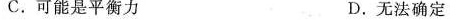
C.可能是平衡力 D.无法确定